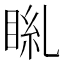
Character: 𥆎